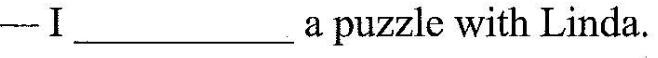
—Ⅰ ___ apuzzle with Linda.